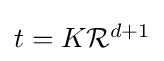
\textstyle t=K{\mathcal {R}}^{d+1}